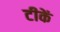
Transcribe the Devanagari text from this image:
टीकें